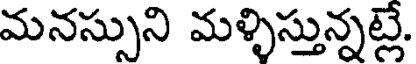
మనస్సుని మళ్ళిస్తున్నట్లే.